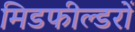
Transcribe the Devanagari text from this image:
मिडफील्डरों